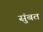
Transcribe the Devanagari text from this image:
सुंबत